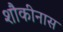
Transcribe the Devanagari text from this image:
शौकीनास